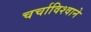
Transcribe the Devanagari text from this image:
चर्चाविश्वाने